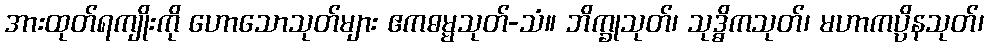
အားထုတ်ရကျိုးကို ဟောသောသုတ်များ ဧကဓမ္မသုတ်-သံ။ ဘိက္ခုသုတ်၊ သုဒ္ဓိကသုတ်၊ မဟာကပ္ပိနသုတ်၊